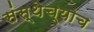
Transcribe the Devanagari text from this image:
संस्थेच्याच